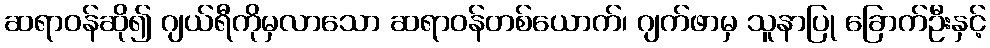
ဆရာဝန်ဆို၍ ဂျယ်ရီကိုမှလာသော ဆရာဝန်တစ်ယောက်၊ ဂျက်ဖာမှ သူနာပြု ခြောက်ဦးနှင့်